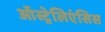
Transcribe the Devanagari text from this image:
ऑस्ट्रेलिएंसिस